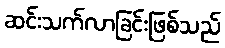
ဆင်းသက်လာခြင်းဖြစ်သည်